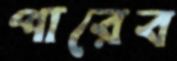
পারেব